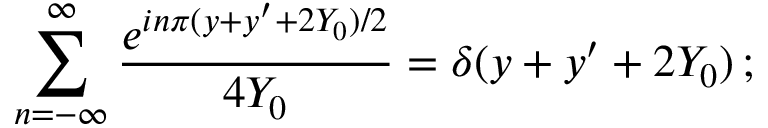
\sum _ { n = - \infty } ^ { \infty } { \frac { e ^ { i n \pi ( y + y ^ { \prime } + 2 Y _ { 0 } ) / 2 } } { 4 Y _ { 0 } } } = \delta ( y + y ^ { \prime } + 2 Y _ { 0 } ) \, ;